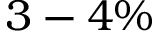
3 - 4 \%